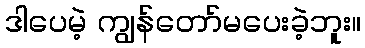
ဒါပေမဲ့ ကျွန်တော်မပေးခဲ့ဘူး။